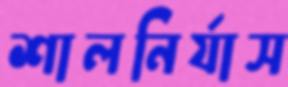
শালনির্যাস